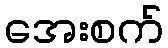
အေးစက်